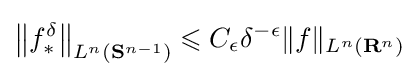
\left\|f_{*}^{\delta }\right\|_{L^{n}(\mathbf {S} ^{n-1})}\leqslant C_{\epsilon }\delta ^{-\epsilon }\|f\|_{L^{n}(\mathbf {R} ^{n})}